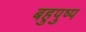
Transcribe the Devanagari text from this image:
बहुपुष्प